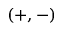
( + , - )